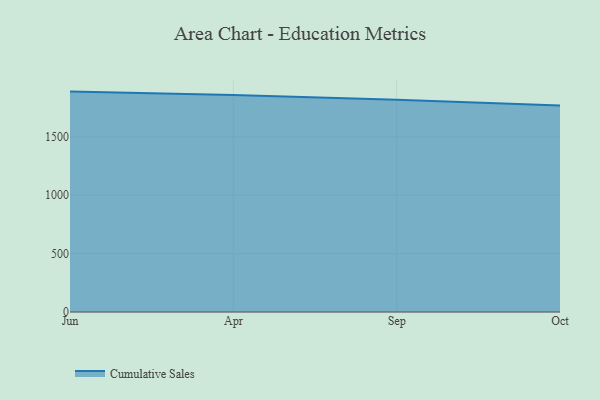
{"axis": {"x": "Month", "y": "Revenue (USD Million)"}, "legend": ["Cumulative Sales"], "data": [{"x": "Jun", "y": 1886.6, "type": "Cumulative Sales"}, {"x": "Apr", "y": 1857.1, "type": "Cumulative Sales"}, {"x": "Sep", "y": 1816.9, "type": "Cumulative Sales"}, {"x": "Oct", "y": 1766.7, "type": "Cumulative Sales"}]}